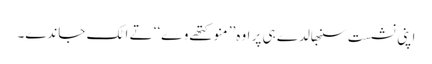
اپنی نشست سنبھالدے ہی پر اوہ’’ منو کتھے وے‘‘ تے اٹک جاندے۔